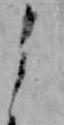
よ